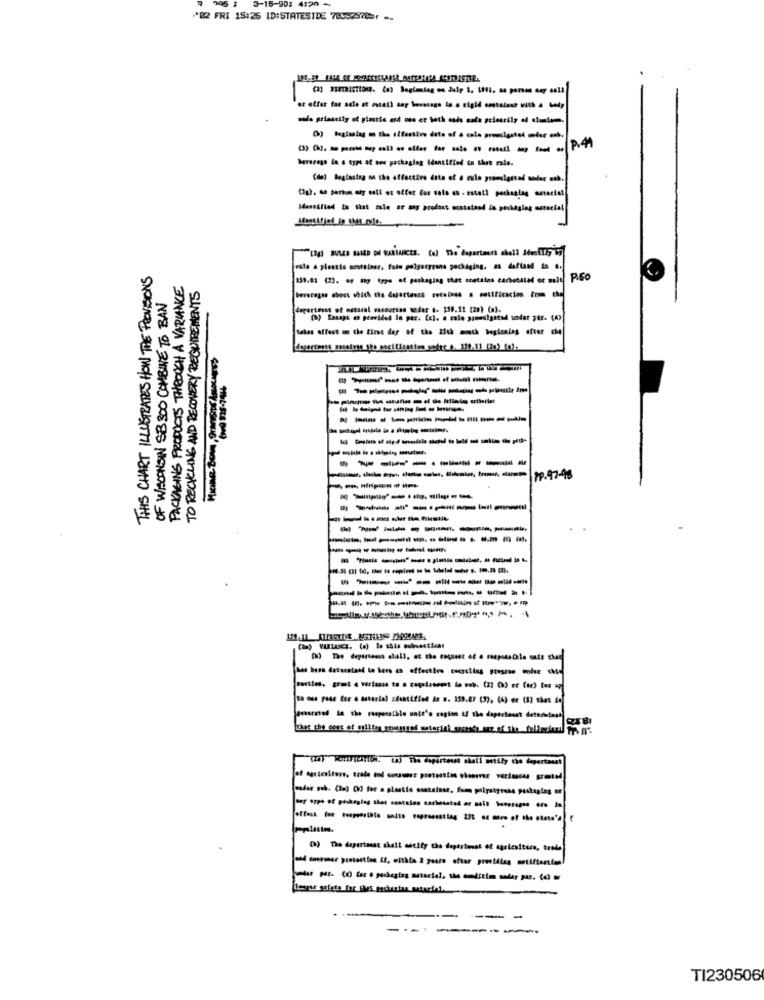
3-15-903 4120 -
·82 FRI 15:26 ID:STATESIDE 780-257857 -
P.44
bararess in a typs at see packaging Identified in this rale.
Identified la Shas male or my product ocatatand la packaging mereciel
THIS CHART ILLUSTRATES HOW THE PROVISIONS
vale a plessis container, fois polgarprone pochiging, as daftand in c.
PACKAGING PRODUCTS THROUGH A VARIANCE
139.01 (23. or any type af packaging that czatalas carbonated er mit P.Go
TO RECYCLING AND RECOVERY REQUIREMENTS
OF WISCONSIN SB 300 COMBINE TO BAN
Deveregho about which the dapartants recebies . cosificacion tom che
dapartesat of natural wassurtas weder .. 139.11 [23) (a).
Sales effect on the first day of the 23ch moth beginning after che
--------
----------
-----------
---------
PP.97-98
--------
-------
-------
-----------
----------
-----------
to oss yose the o material zdantified An .. 159.67 (3). (4) er (1) shas de
offers for coopposible waits expresssting 2'S or more of the coca's
pplattm.
(8) The deperiasst shall notify the dopestinat of agetesitura, tesde
----
-
-
TI230506